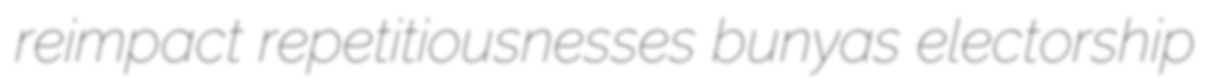
reimpact repetitiousnesses bunyas electorship